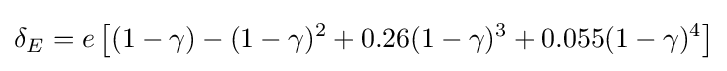
\delta _{E}=e\left[(1-\gamma )-(1-\gamma )^{2}+0.26(1-\gamma )^{3}+0.055(1-\gamma )^{4}\right]